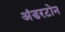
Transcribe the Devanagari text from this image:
अंडरटोन